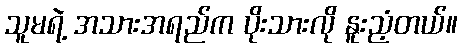
သူမရဲ့ အသားအရည်က ပိုးသားလို နူးညံ့တယ်။